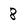
Character: 8